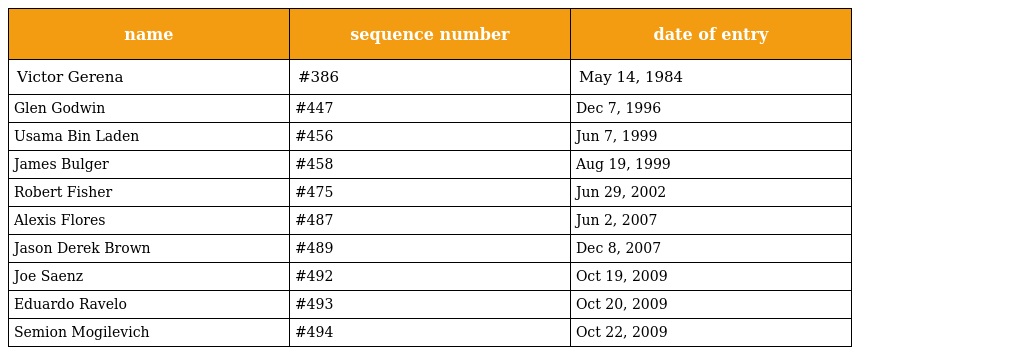
| name | sequence number | date of entry |
 | --- | --- | --- |
 | Victor Gerena | #386 | May 14, 1984 |
 | Glen Godwin | #447 | Dec 7, 1996 |
 | Usama Bin Laden | #456 | Jun 7, 1999 |
 | James Bulger | #458 | Aug 19, 1999 |
 | Robert Fisher | #475 | Jun 29, 2002 |
 | Alexis Flores | #487 | Jun 2, 2007 |
 | Jason Derek Brown | #489 | Dec 8, 2007 |
 | Joe Saenz | #492 | Oct 19, 2009 |
 | Eduardo Ravelo | #493 | Oct 20, 2009 |
 | Semion Mogilevich | #494 | Oct 22, 2009 |